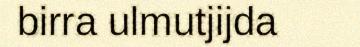
birra ulmutjijda